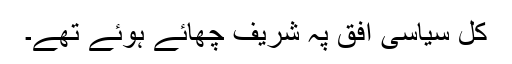
کل سیاسی اُفق پہ شریف چھائے ہوئے تھے۔